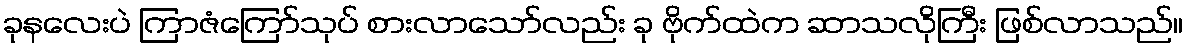
ခုနလေးပဲ ကြာဇံကြော်သုပ် စားလာသော်လည်း ခု ဗိုက်ထဲက ဆာသလိုကြီး ဖြစ်လာသည်။